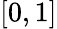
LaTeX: \textstyle[0,1]